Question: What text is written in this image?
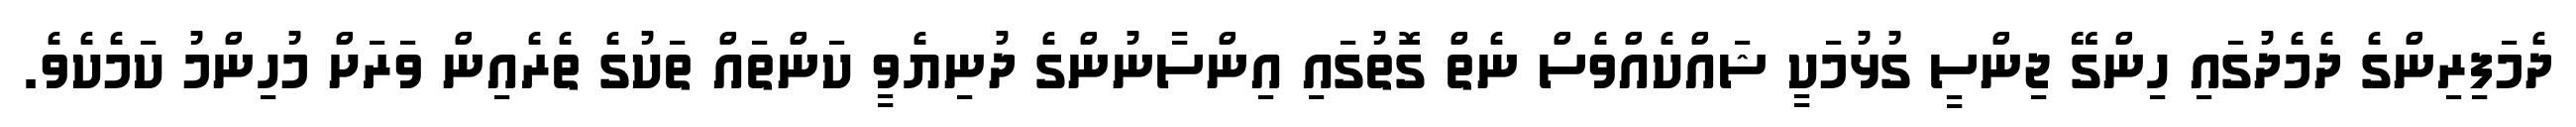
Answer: ދެމަފިރިންގެ ދެމެދުގައި ހިންގޭ ޖިންސީ ގުޅުމަކީ ޝައްކެއްވެސް ނެތް ގޮތުގައި އިންސާނުންގެ ދުނިޔެވީ ކަންތައް ތަކުގެ ތެރެއިން ވަރަށް މުހިންމު ކަމެކެވެ.